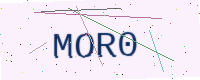
Text: MOR0